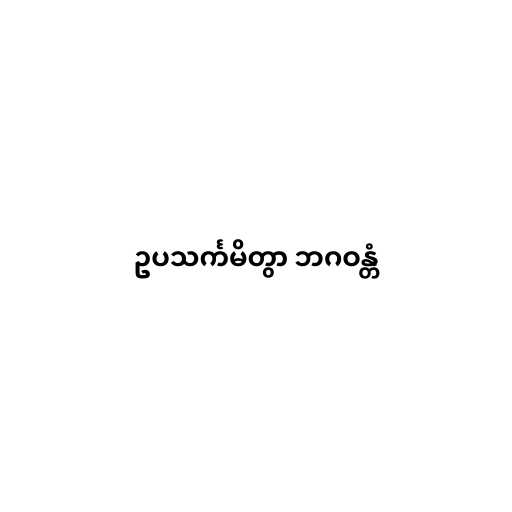
ဥပသင်္ကမိတွာ ဘဂဝန္တံ